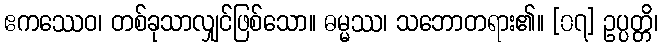
ဧကဿေဝ၊ တစ်ခုသာလျှင်ဖြစ်သော။ ဓမ္မဿ၊ သဘောတရား၏။ [၀၇] ဥပ္ပတ္တိ၊